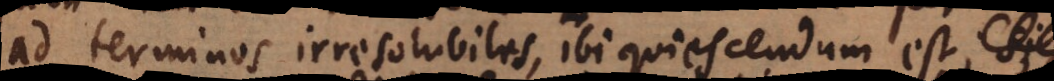
ad terminos irresolubiles, ibi quiescendum est; si,